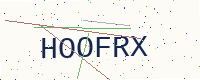
Text: HOOFRX